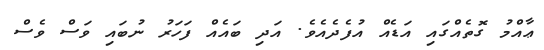
ޢާއްމު ގޮތެއްގައި އަޑެއް އުފެދެއެވެ. އަދި ބައެއް ފަަހަރު ނުބައި ވަސް ވެސް